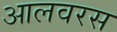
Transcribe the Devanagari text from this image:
आलवरस